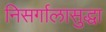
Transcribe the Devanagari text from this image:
निसर्गालासुद्धा